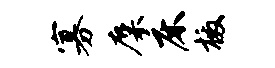
寡麋床檄